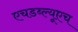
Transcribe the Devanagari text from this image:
एचडब्ल्यूएच